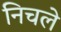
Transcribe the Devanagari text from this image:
निचले